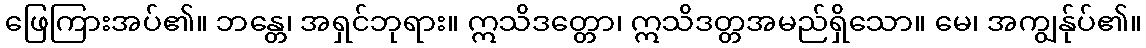
ဖြေကြားအပ်၏။ ဘန္တေ၊ အရှင်ဘုရား။ ဣသိဒတ္တော၊ ဣသိဒတ္တအမည်ရှိသော။ မေ၊ အကျွန်ုပ်၏။